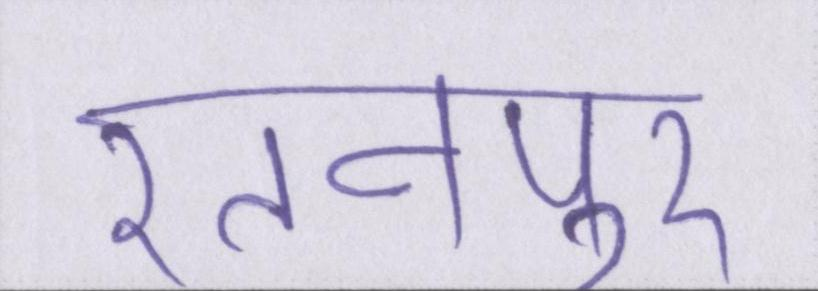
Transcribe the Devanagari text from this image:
रतनपुर